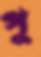
পু